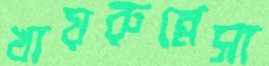
খায়রুন্নেসা